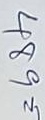
489 =